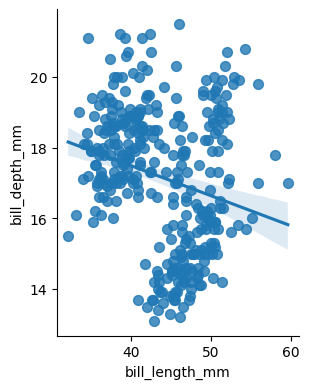
python, seaborn, lmplot, aspect=0.8, order=1, markers='o'